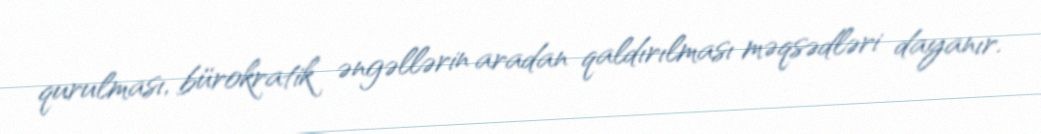
qurulması, bürokratik əngəllərin aradan qaldırılması məqsədləri dayanır.